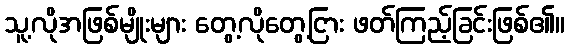
သူ့လိုအဖြစ်မျိုးများ တွေ့လိုတွေ့ငြား ဖတ်ကြည့်ခြင်းဖြစ်၏။